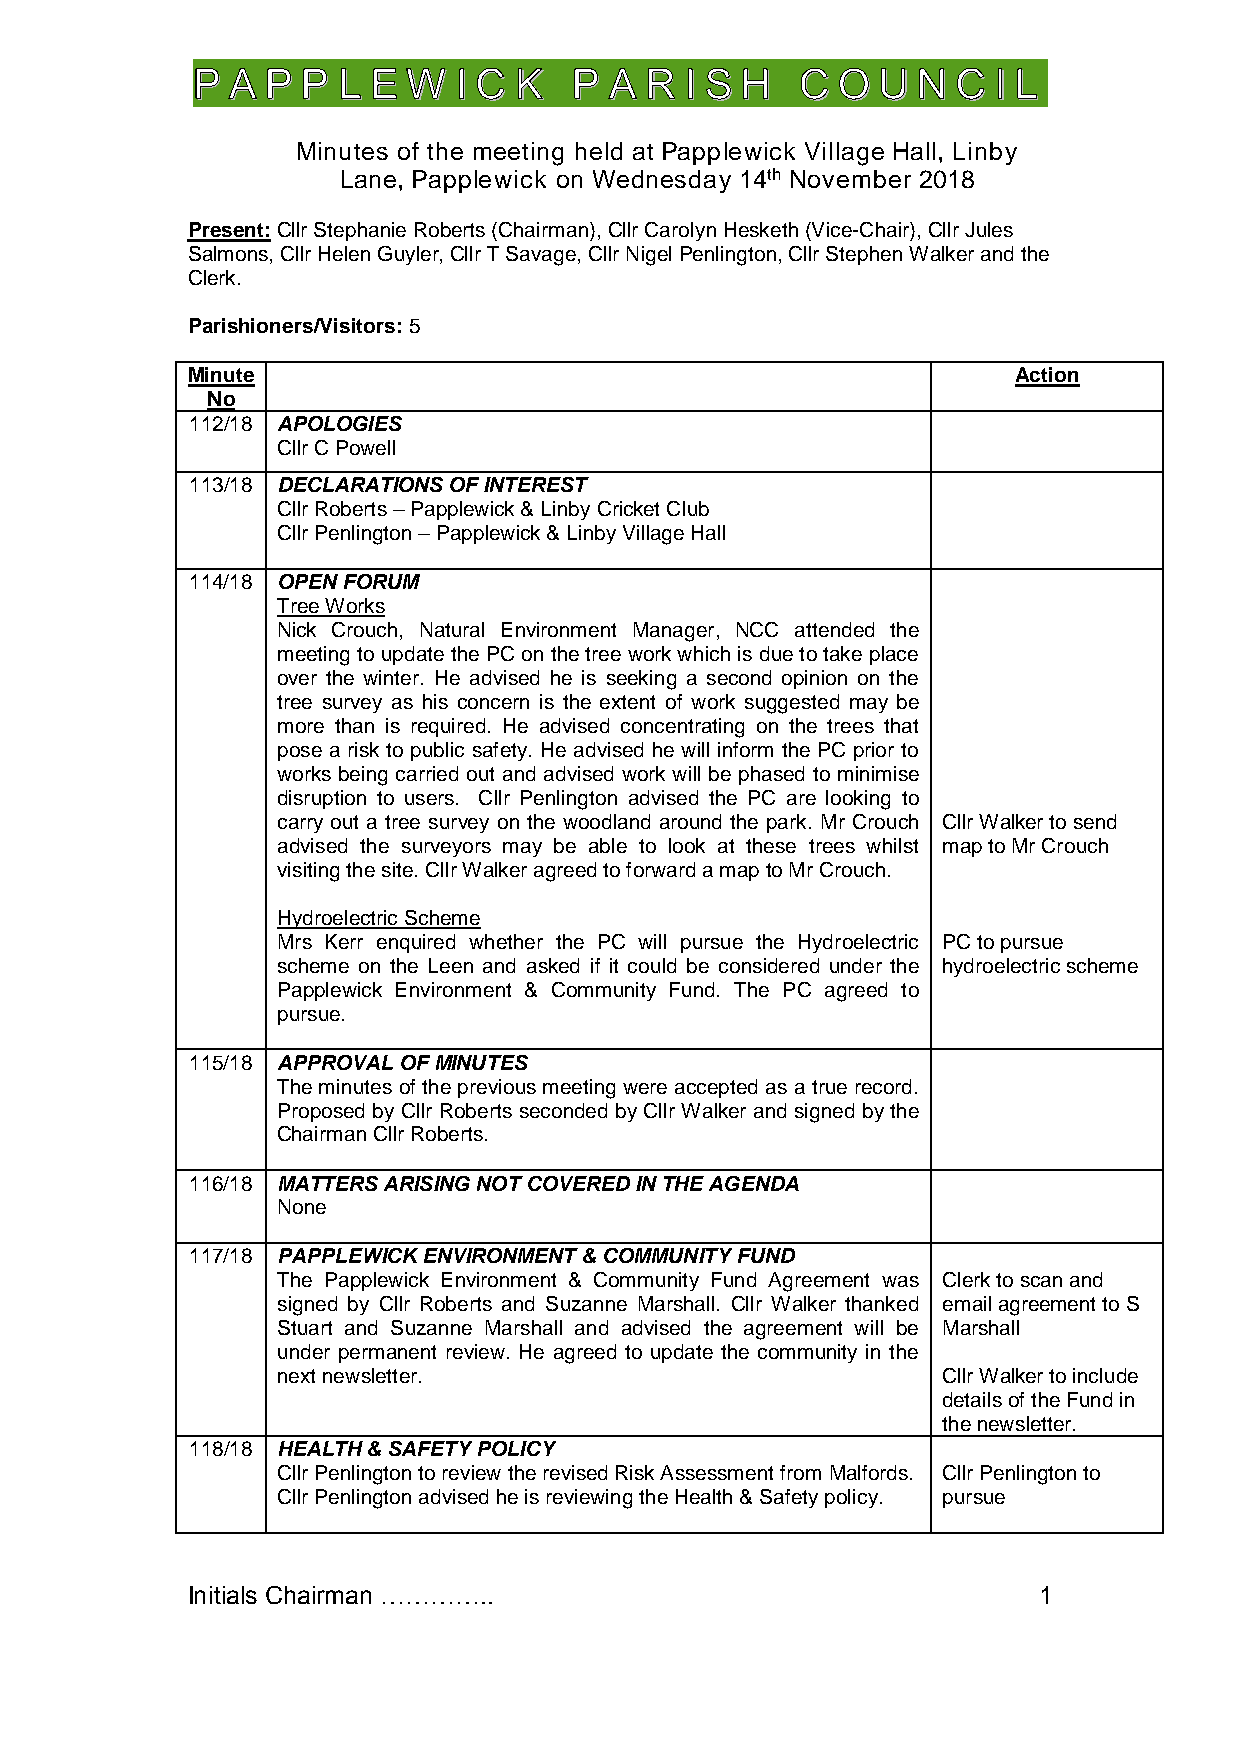
P A  P P L  E W  I C K   P A  R I S H   C  O U  N C  I L
 Minutes of the meeting held at Papplewick Village Hall, Linby
 Lane, Papplewick on Wednesday 14th November 2018
 Present: Cllr Stephanie Roberts (Chairman), Cllr Carolyn Hesketh (Vice-Chair), Cllr Jules
 Salmons, Cllr Helen Guyler, Cllr T Savage, Cllr Nigel Penlington, Cllr Stephen Walker and the
 Clerk.
 Parishioners/Visitors: 5
 Minute                                                 Action
 No
 112/18 APOLOGIES
 Cllr C Powell
 113/18 DECLARATIONS OF INTEREST
 Cllr Roberts – Papplewick & Linby Cricket Club
 Cllr Penlington – Papplewick & Linby Village Hall
 114/18 OPEN FORUM
 Tree Works
 Nick Crouch, Natural Environment Manager, NCC attended the
 meeting to update the PC on the tree work which is due to take place
 over the winter. He advised he is seeking a second opinion on the
 tree survey as his concern is the extent of work suggested may be
 more than is required. He advised concentrating on the trees that
 pose a risk to public safety. He advised he will inform the PC prior to
 works being carried out and advised work will be phased to minimise
 disruption to users. Cllr Penlington advised the PC are looking to
 carry out a tree survey on the woodland around the park. Mr Crouch Cllr Walker to send
 advised the surveyors may be able to look at these trees whilst map to Mr Crouch
 visiting the site. Cllr Walker agreed to forward a map to Mr Crouch.
 Hydroelectric Scheme
 Mrs Kerr enquired whether the PC will pursue the Hydroelectric PC to pursue
 scheme on the Leen and asked if it could be considered under the hydroelectric scheme
 Papplewick Environment & Community Fund. The PC agreed to
 pursue.
 115/18 APPROVAL OF MINUTES
 The minutes of the previous meeting were accepted as a true record.
 Proposed by Cllr Roberts seconded by Cllr Walker and signed by the
 Chairman Cllr Roberts.
 116/18 MATTERS ARISING NOT COVERED IN THE AGENDA
 None
 117/18 PAPPLEWICK ENVIRONMENT & COMMUNITY FUND
 The Papplewick Environment & Community Fund Agreement was Clerk to scan and
 signed by Cllr Roberts and Suzanne Marshall. Cllr Walker thanked email agreement to S
 Stuart and Suzanne Marshall and advised the agreement will be Marshall
 under permanent review. He agreed to update the community in the
 next newsletter.                            Cllr Walker to include
 details of the Fund in
 the newsletter.
 118/18 HEALTH & SAFETY POLICY
 Cllr Penlington to review the revised Risk Assessment from Malfords. Cllr Penlington to
 Cllr Penlington advised he is reviewing the Health & Safety policy. pursue
 Initials Chairman …………..                                 1